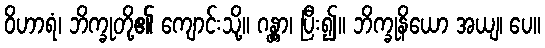
ဝိဟာရံ၊ ဘိက္ခုတို့၏ ကျောင်းသို့။ ဂန္တွာ၊ ပြီး၍။ ဘိက္ခုနိယော အယျ၊ ပေ။